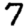
Digit: 7